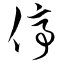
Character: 停